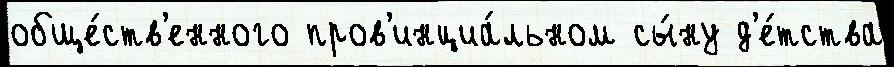
обще́ств'енного пров'инциа́льном сы́ну д'е́тства